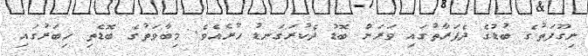
ނިގޫފަތުގެ ބުޑުގެ ދެފަރާތުގައި ވަރަށް ބޮޑު ދެކުރަގަނޑު ހުރެއެވެ. މިބާވަތުގެ ބޮޑެތި ހިބަރުގައި